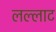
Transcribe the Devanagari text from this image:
लल्लाट